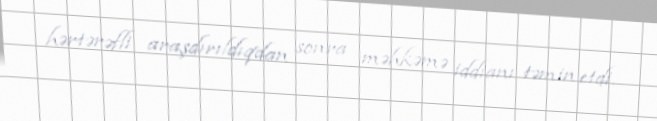
hərtərəfli araşdırıldıqdan sonra məhkəmə iddianı təmin etdi.